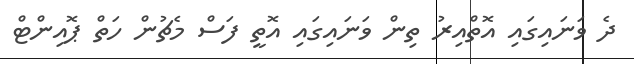
ދެ ވަނައިގައި އޮތްއިރު ތިން ވަނައިގައި އޮތީ ފަސް މެޗުން ހަތް ޕޮއިންޓް